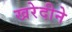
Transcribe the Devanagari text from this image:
खरेदीने